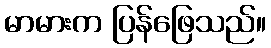
မာမားက ပြန်ဖြေသည်။